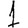
Digit: 1